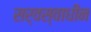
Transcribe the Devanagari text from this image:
सर्वस्वाधीन